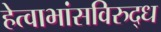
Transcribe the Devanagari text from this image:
हेत्वाभांसविरुद्ध